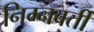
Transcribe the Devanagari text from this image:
निम्नवर्ती